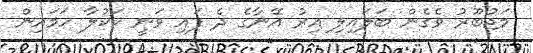
މަޖުބޫރު ވެގެން ބަލައިލި އިރު އޭނާގެ ދެ ފައި ވަނީ ކަކުލާ ހަމައިން